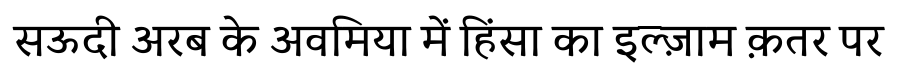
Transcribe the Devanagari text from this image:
सऊदी अरब के अवमिया में हिंसा का इल्ज़ाम क़तर पर